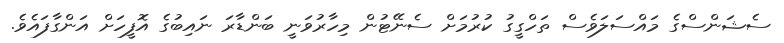
ސެޝަންސްގެ މައްސަލަވެސް ތަހްގީގު ކުރުމަށް ސެނޭޓުން މިހާރުވަނީ ބަންޑާރަ ނައިބުގެ އޮފީހަށް އަންގާފައެވެ.